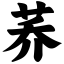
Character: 荞